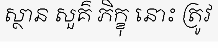
ស្ថាន សួគ៌ ភិក្ខុ នោះ ត្រូវ